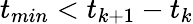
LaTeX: t_{min}<t_{k+1}-t_{k}